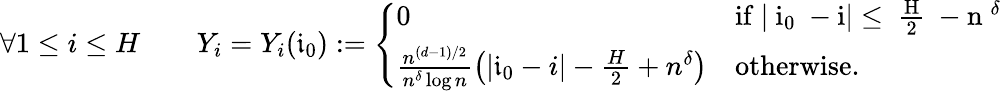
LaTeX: \forall 1\le i\le H\qquad Y_{i}=Y_{i}(\mathfrak i_{0}):=\left\{ \begin{array}{ll}{0}&{\mathrm{if~|\mathfrak~i_0~-i|\le~\frac{H}{2}~-n~^{\delta}~}}\\ {\frac{n^{(d-1)/2}}{n^{\delta}\log n}\left(|\mathfrak i_{0}-i|-\frac{H}{2}+n^{\delta}\right)}&{\mathrm{otherwise.}}\end{array}\right.